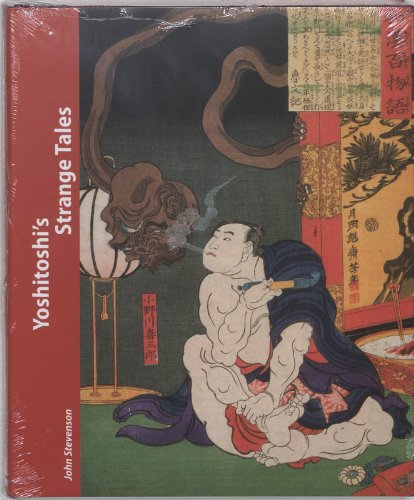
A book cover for Yoshitoshi's Strange Tales; John Stevenson; Arts & Photography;